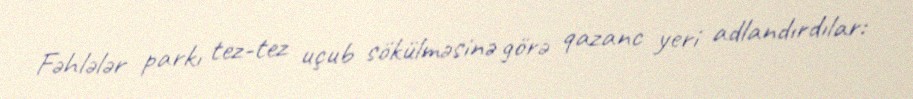
Fəhlələr parkı tez-tez uçub sökülməsinə görə qazanc yeri adlandırdılar: